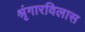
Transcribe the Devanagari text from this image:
श्रृंगारविलास